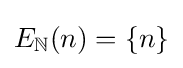
E_{\mathbb {N} }(n)=\{n\}